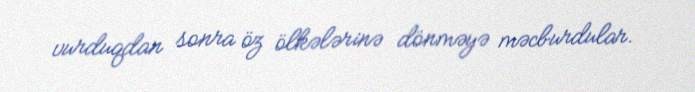
vurduqdan sonra öz ölkələrinə dönməyə məcburdular.